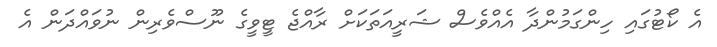
އެ ކޯޓުގައި ހިންގަމުންދާ އެއްވެސް ޝަރީއަތަކަށް ރާއްޖެ ޓީވީގެ ނޫސްވެރިން ނުވައްދަން އެ